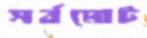
সর্বমোট